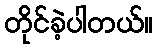
တိုင်ခဲ့ပါတယ်။